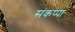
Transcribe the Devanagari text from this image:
संकप्पा